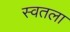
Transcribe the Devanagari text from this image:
स्वतला